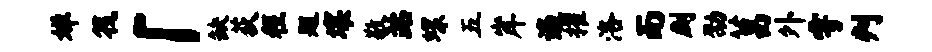
婵筏「缺荻程题壤敬站螺五岸遍擢洛而劂劭菖外雩判